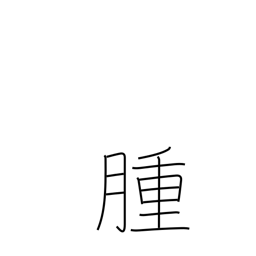
Meaning: tumor